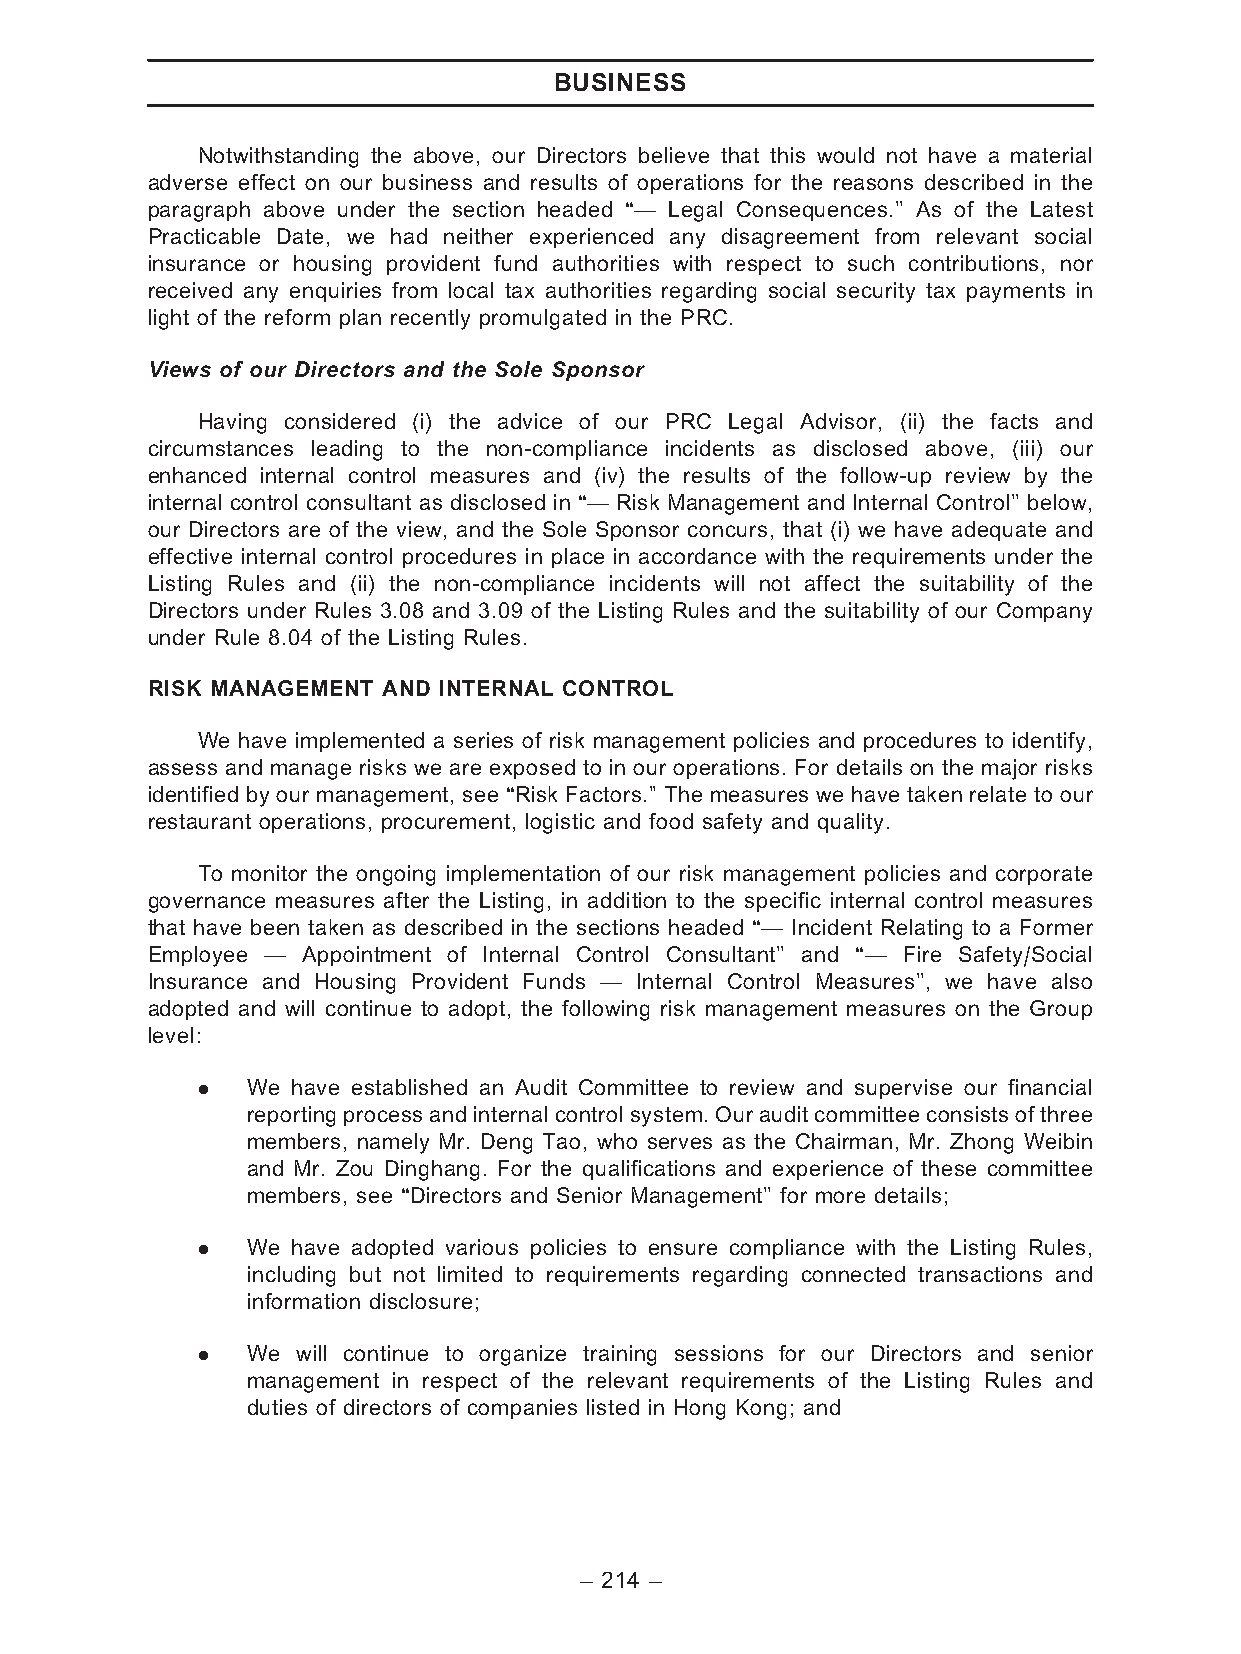
BUSINESS
 Notwithstanding the above, our Directors believe that this would not have a material
 adverse effect on our business and results of operations for the reasons described in the
 paragraph above under the section headed ‘‘— Legal Consequences.’’ As of the Latest
 Practicable Date, we had neither experienced any disagreement from relevant social
 insurance or housing provident fund authorities with respect to such contributions, nor
 received any enquiries from local tax authorities regarding social security tax payments in
 light of the reform plan recently promulgated in the PRC.
 Views of our Directors and the Sole Sponsor
 Having considered (i) the advice of our PRC Legal Advisor, (ii) the facts and
 circumstances leading to the non-compliance incidents as disclosed above, (iii) our
 enhanced internal control measures and (iv) the results of the follow-up review by the
 internal control consultant as disclosed in ‘‘— Risk Management and Internal Control’’ below,
 our Directors are of the view, and the Sole Sponsor concurs, that (i) we have adequate and
 effective internal control procedures in place in accordance with the requirements under the
 Listing Rules and (ii) the non-compliance incidents will not affect the suitability of the
 Directors under Rules 3.08 and 3.09 of the Listing Rules and the suitability of our Company
 under Rule 8.04 of the Listing Rules.
 RISK MANAGEMENT AND INTERNAL CONTROL
 We have implemented a series of risk management policies and procedures to identify,
 assess and manage risks we are exposed to in our operations. For details on the major risks
 identified by our management, see ‘‘Risk Factors.’’ The measures we have taken relate to our
 restaurant operations, procurement, logistic and food safety and quality.
 To monitor the ongoing implementation of our risk management policies and corporate
 governance measures after the Listing, in addition to the specific internal control measures
 that have been taken as described in the sections headed ‘‘— Incident Relating to a Former
 Employee — Appointment of Internal Control Consultant’’ and ‘‘— Fire Safety/Social
 Insurance and Housing Provident Funds — Internal Control Measures’’, we have also
 adopted and will continue to adopt, the following risk management measures on the Group
 level:
 .  We have established an Audit Committee to review and supervise our financial
 reportingprocessandinternalcontrolsystem.Ourauditcommitteeconsistsofthree
 members, namely Mr. Deng Tao, who serves as the Chairman, Mr. Zhong Weibin
 and Mr. Zou Dinghang. For the qualifications and experience of these committee
 members, see ‘‘Directors and Senior Management’’ for more details;
 .  We have adopted various policies to ensure compliance with the Listing Rules,
 including but not limited to requirements regarding connected transactions and
 information disclosure;
 .  We  will continue to organize training sessions for our Directors and senior
 management in respect of the relevant requirements of the Listing Rules and
 duties of directors of companies listed in Hong Kong; and
 – 214 –